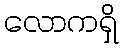
လောကရှိ